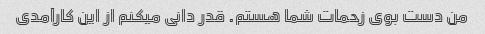
من دست بوی زحمات شما هستم. قدر دانی میکنم از این کارآمدی